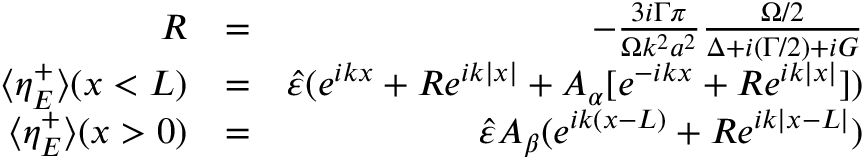
\begin{array} { r l r } { { \cal R } } & { = } & { - \frac { 3 i \Gamma \pi } { \Omega k ^ { 2 } a ^ { 2 } } \frac { \Omega / 2 } { \Delta + i ( \Gamma / 2 ) + i { \cal G } } } \\ { \langle \eta _ { E } ^ { + } \rangle ( x < L ) } & { = } & { \hat { \varepsilon } ( e ^ { i k x } + { \cal R } e ^ { i k | x | } + A _ { \alpha } [ e ^ { - i k x } + { \cal R } e ^ { i k | x | } ] ) } \\ { \langle \eta _ { E } ^ { + } \rangle ( x > 0 ) } & { = } & { \hat { \varepsilon } A _ { \beta } ( e ^ { i k ( x - L ) } + { \cal R } e ^ { i k | x - L | } ) } \end{array}